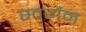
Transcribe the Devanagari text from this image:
स्वर्गम